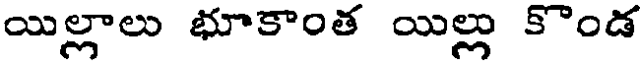
యిల్లాలు భూకాంత యిల్లు కొండ